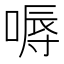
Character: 嗕